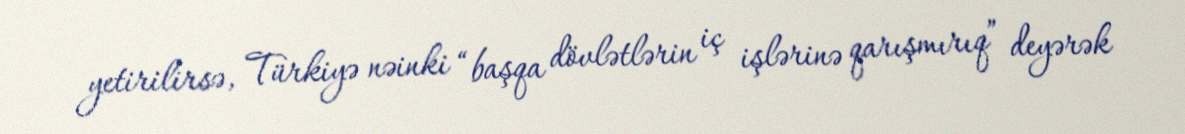
yetirilirsə, Türkiyə nəinki “başqa dövlətlərin iç işlərinə qarışmırıq” deyərək